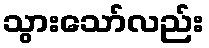
သွားသော်လည်း